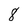
Character: 8